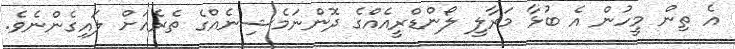
އެ ތިން މީހުން އެ ބުޅާ މަރާލީ ލޯންޑްރީއެއްގެ ދޮންނަމެޝިނެއްގެ ތެރެއަށް ލައިގެންނެވެ.